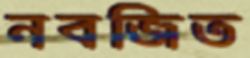
নবজিত